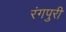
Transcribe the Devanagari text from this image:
रंगपुरी